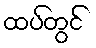
ထပ်တွင်